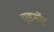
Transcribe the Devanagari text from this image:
एडमॉट